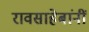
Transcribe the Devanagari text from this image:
रावसाहेबांनीं